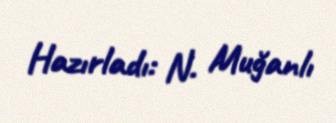
Hazırladı: N. Muğanlı